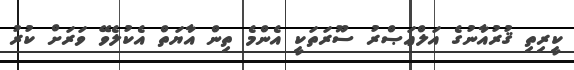
ކީރިތި ޤުރުއާނުގެ އަލްޢަޞްރު ސޫރަތަކީ އެންމެ ތިން އާޔަތް އެކުލެވޭ ވަރަށް ކުރު